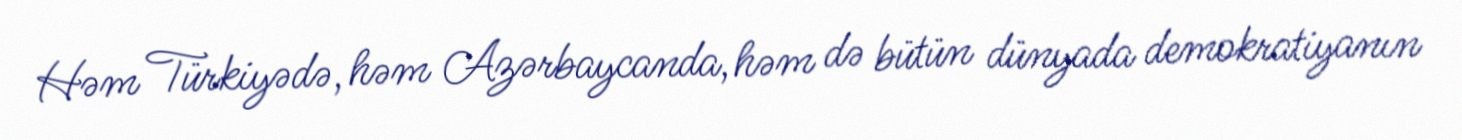
Həm Türkiyədə, həm Azərbaycanda, həm də bütün dünyada demokratiyanın